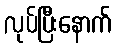
လုပ်ပြီးနောက်